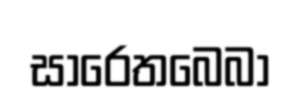
සාරෙතබෙබා